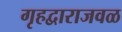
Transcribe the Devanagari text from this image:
गृहद्वाराजवळ